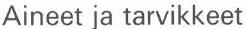
Aineet ja tarvikkeet